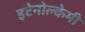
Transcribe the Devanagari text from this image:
इटेनोल्केमी